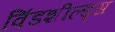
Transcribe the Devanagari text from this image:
विंडशील्ड्स